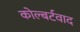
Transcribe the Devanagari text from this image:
कोल्बर्टवाद